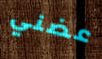
عضني